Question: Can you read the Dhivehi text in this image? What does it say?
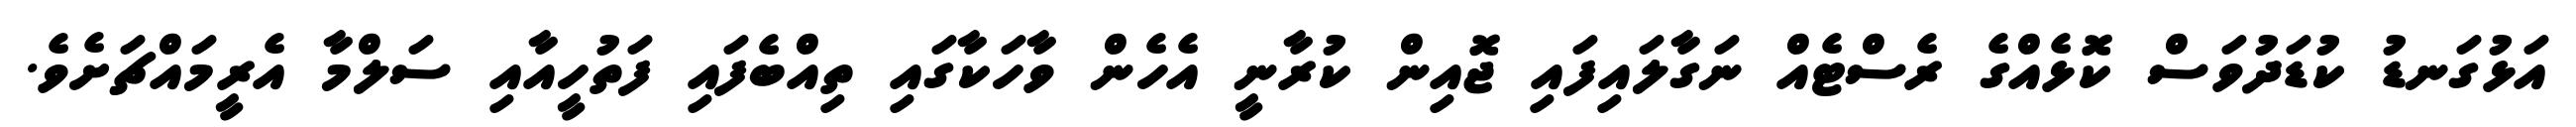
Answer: އަޅުގަނޑު ކުޑަދުވަސް ކޮޅެއްގެ ރެސްޓެއް ނަގާލައިފައި ޖޮއިން ކުރާނީ އެހެން ވާހަކާގައި ތިއްބެފައި ފަތުހީއާއި ސަލްމާ އެރީމައްޗަށެވެ.